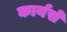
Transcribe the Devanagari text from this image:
कार्यसे